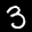
Label: 3